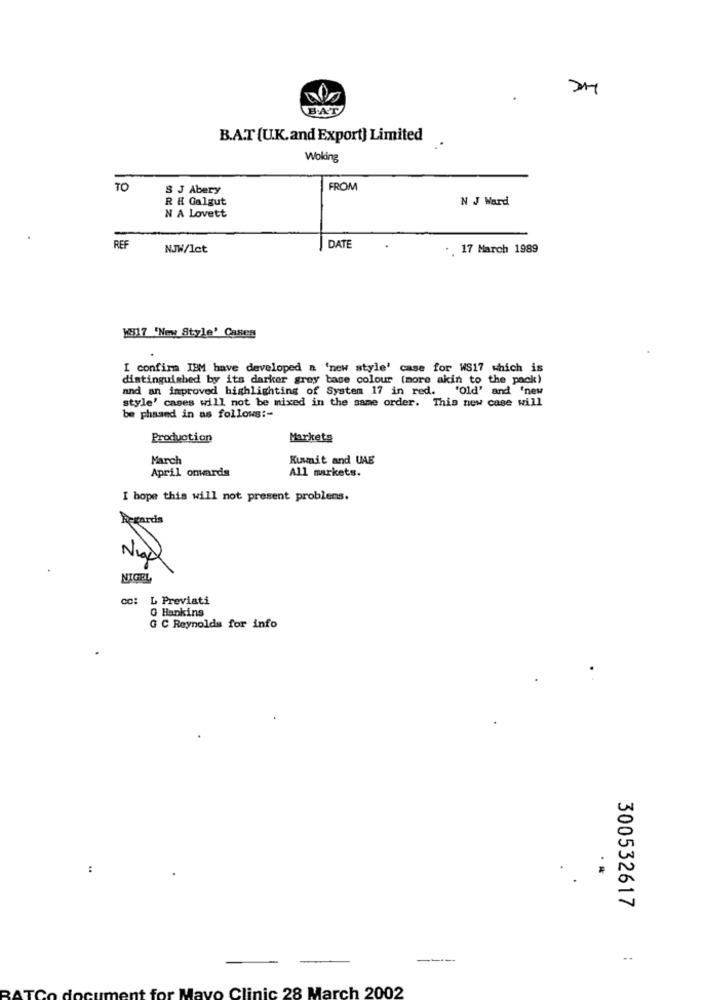
B.AT
B.A.T (U.K.and Export) Limited
Woking
TO
S J Abery
FROM
R H Galgut
N J Ward
N A Lovett
REF
NJW/1ct
DATE
.. 17 March 1989
K317 'New Style' Cases
I confira IBM have developed a 'new style' case for WS17 which is
distinguished by its darker grey base colour (more akin to the pack)
and an improved highlighting of System 17 in red. "Old' and 'new
style' cases will not be mixed in the same order. This new case will
be phased in as follows :-
Production
Markets
March
Kuwait and UAE
April onwards
All markets.
I hope this will not present problens.
Regards
2
NIGEL
cc: L Previati
G Hankins
G C Reynolds for info
300532617
avo Clinic 28 March 2002
for